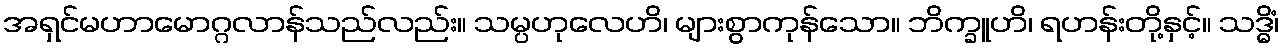
အရှင်မဟာမောဂ္ဂလာန်သည်လည်း။ သမ္ပဟုလေဟိ၊ များစွာကုန်သော။ ဘိက္ခူဟိ၊ ရဟန်းတို့နှင့်။ သဒ္ဓိံ၊